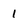
Character: 1